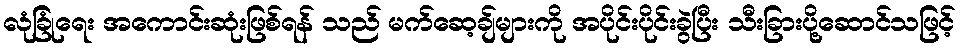
လုံခြုံရေး အကောင်းဆုံးဖြစ်ရန် သည် မက်ဆေ့ချ်များကို အပိုင်းပိုင်းခွဲပြီး သီးခြားပို့ဆောင်သဖြင့်